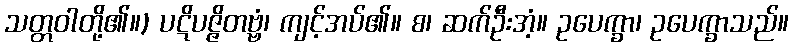
သတ္တဝါတို့၏။) ပဋိပဇ္ဇိတဗ္ဗံ၊ ကျင့်အပ်၏။ စ၊ ဆက်ဦးအံ့။ ဥပေက္ခာ၊ ဥပေက္ခာသည်။